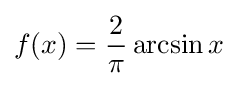
f(x)={\frac {2}{\pi }}\arcsin x